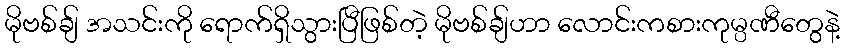
မိုဗစ်ချ် အသင်းကို ရောက်ရှိသွားပြီဖြစ်တဲ့ မိုဗစ်ချ်ဟာ လောင်းကစားကုမ္ပဏီတွေနဲ့